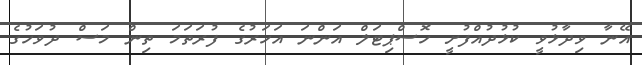
އޭނާ ވިދާޅުވީ ކުޅުދުއްފުށީ ހޮސްޕިޓަލް އަންނަ އަހަރުގެ ފުރަތަމަ ތިން މަސް ދުވަހުގެ